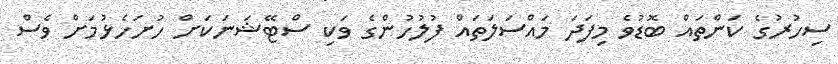
ސިހުރުގެ ކަންތައް ބޮޑުވެ މިފަދަ މައްސަލަތައް ފުލުހުންގެ ވަކި ސްޓޭޝަނަކަށް ހުށަހެޅުމަށް ވެސް